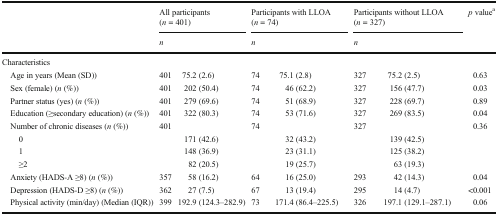
| <ROWSPAN=2>  | <COLSPAN=2> All participants (n = 401) | <COLSPAN=2> Participants with LLOA (n = 74) | <COLSPAN=2> Participants without LLOA (n = 327) | <ROWSPAN=2> p valuea |
 | <COLSPAN=2> n | <COLSPAN=2> n | <COLSPAN=2> n |
 | --- | --- | --- | --- | --- | --- | --- | --- |
 | <COLSPAN=8> Characteristics |
 | Age in years (Mean (SD)) | 401 | 75.2 (2.6) | 74 | 75.1 (2.8) | 327 | 75.2 (2.5) | 0.63 |
 | Sex (female) (n (%)) | 401 | 202 (50.4) | 74 | 46 (62.2) | 327 | 156 (47.7) | 0.03 |
 | Partner status (yes) (n (%)) | 401 | 279 (69.6) | 74 | 51 (68.9) | 327 | 228 (69.7) | 0.89 |
 | Education (≥secondary education) (n (%)) | 401 | 322 (80.3) | 74 | 53 (71.6) | 327 | 269 (83.5) | 0.04 |
 | Number of chronic diseases (n (%)) | 401 |  | 74 |  | 327 |  | 0.36 |
 | 0 |  | 171 (42.6) |  | 32 (43.2) |  | 139 (42.5) |  |
 | 1 |  | 148 (36.9) |  | 23 (31.1) |  | 125 (38.2) |  |
 | ≥2 |  | 82 (20.5) |  | 19 (25.7) |  | 63 (19.3) |  |
 | Anxiety (HADS-A ≥8) (n (%)) | 357 | 58 (16.2) | 64 | 16 (25.0) | 293 | 42 (14.3) | 0.04 |
 | Depression (HADS-D ≥8) (n (%)) | 362 | 27 (7.5) | 67 | 13 (19.4) | 295 | 14 (4.7) | <0.001 |
 | Physical activity (min/day) (Median (IQR)) | 399 | 192.9 (124.3–282.9) | 73 | 171.4 (86.4–225.5) | 326 | 197.1 (129.1–287.1) | 0.06 |